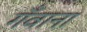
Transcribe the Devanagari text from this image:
गँवाना